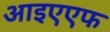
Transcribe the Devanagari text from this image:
आइएएफ